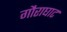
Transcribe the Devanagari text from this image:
गौराघाट